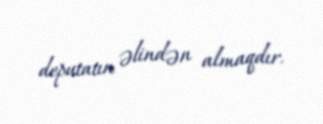
deputatın əlindən almaqdır.